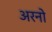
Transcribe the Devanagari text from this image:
अरनो